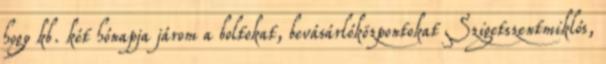
hogy kb. két hónapja járom a boltokat, bevásárlóközpontokat Szigetszentmiklós,